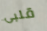
قلبى